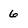
Character: 6